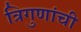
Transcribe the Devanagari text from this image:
त्रिगुणांची